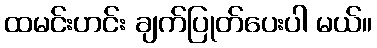
ထမင်းဟင်း ချက်ပြုတ်ပေးပါ မယ်။